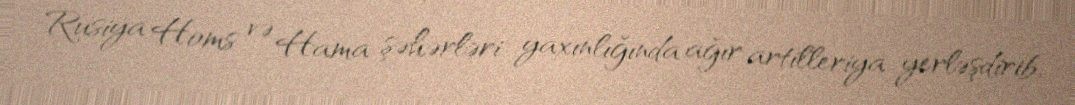
Rusiya Homs və Hama şəhərləri yaxınlığında ağır artilleriya yerləşdirib.